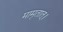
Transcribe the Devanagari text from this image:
मामृतात्‌।